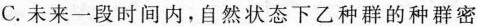
C.未来一段时间内，自然状态下乙种群的种群密